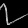
Digit: ၇